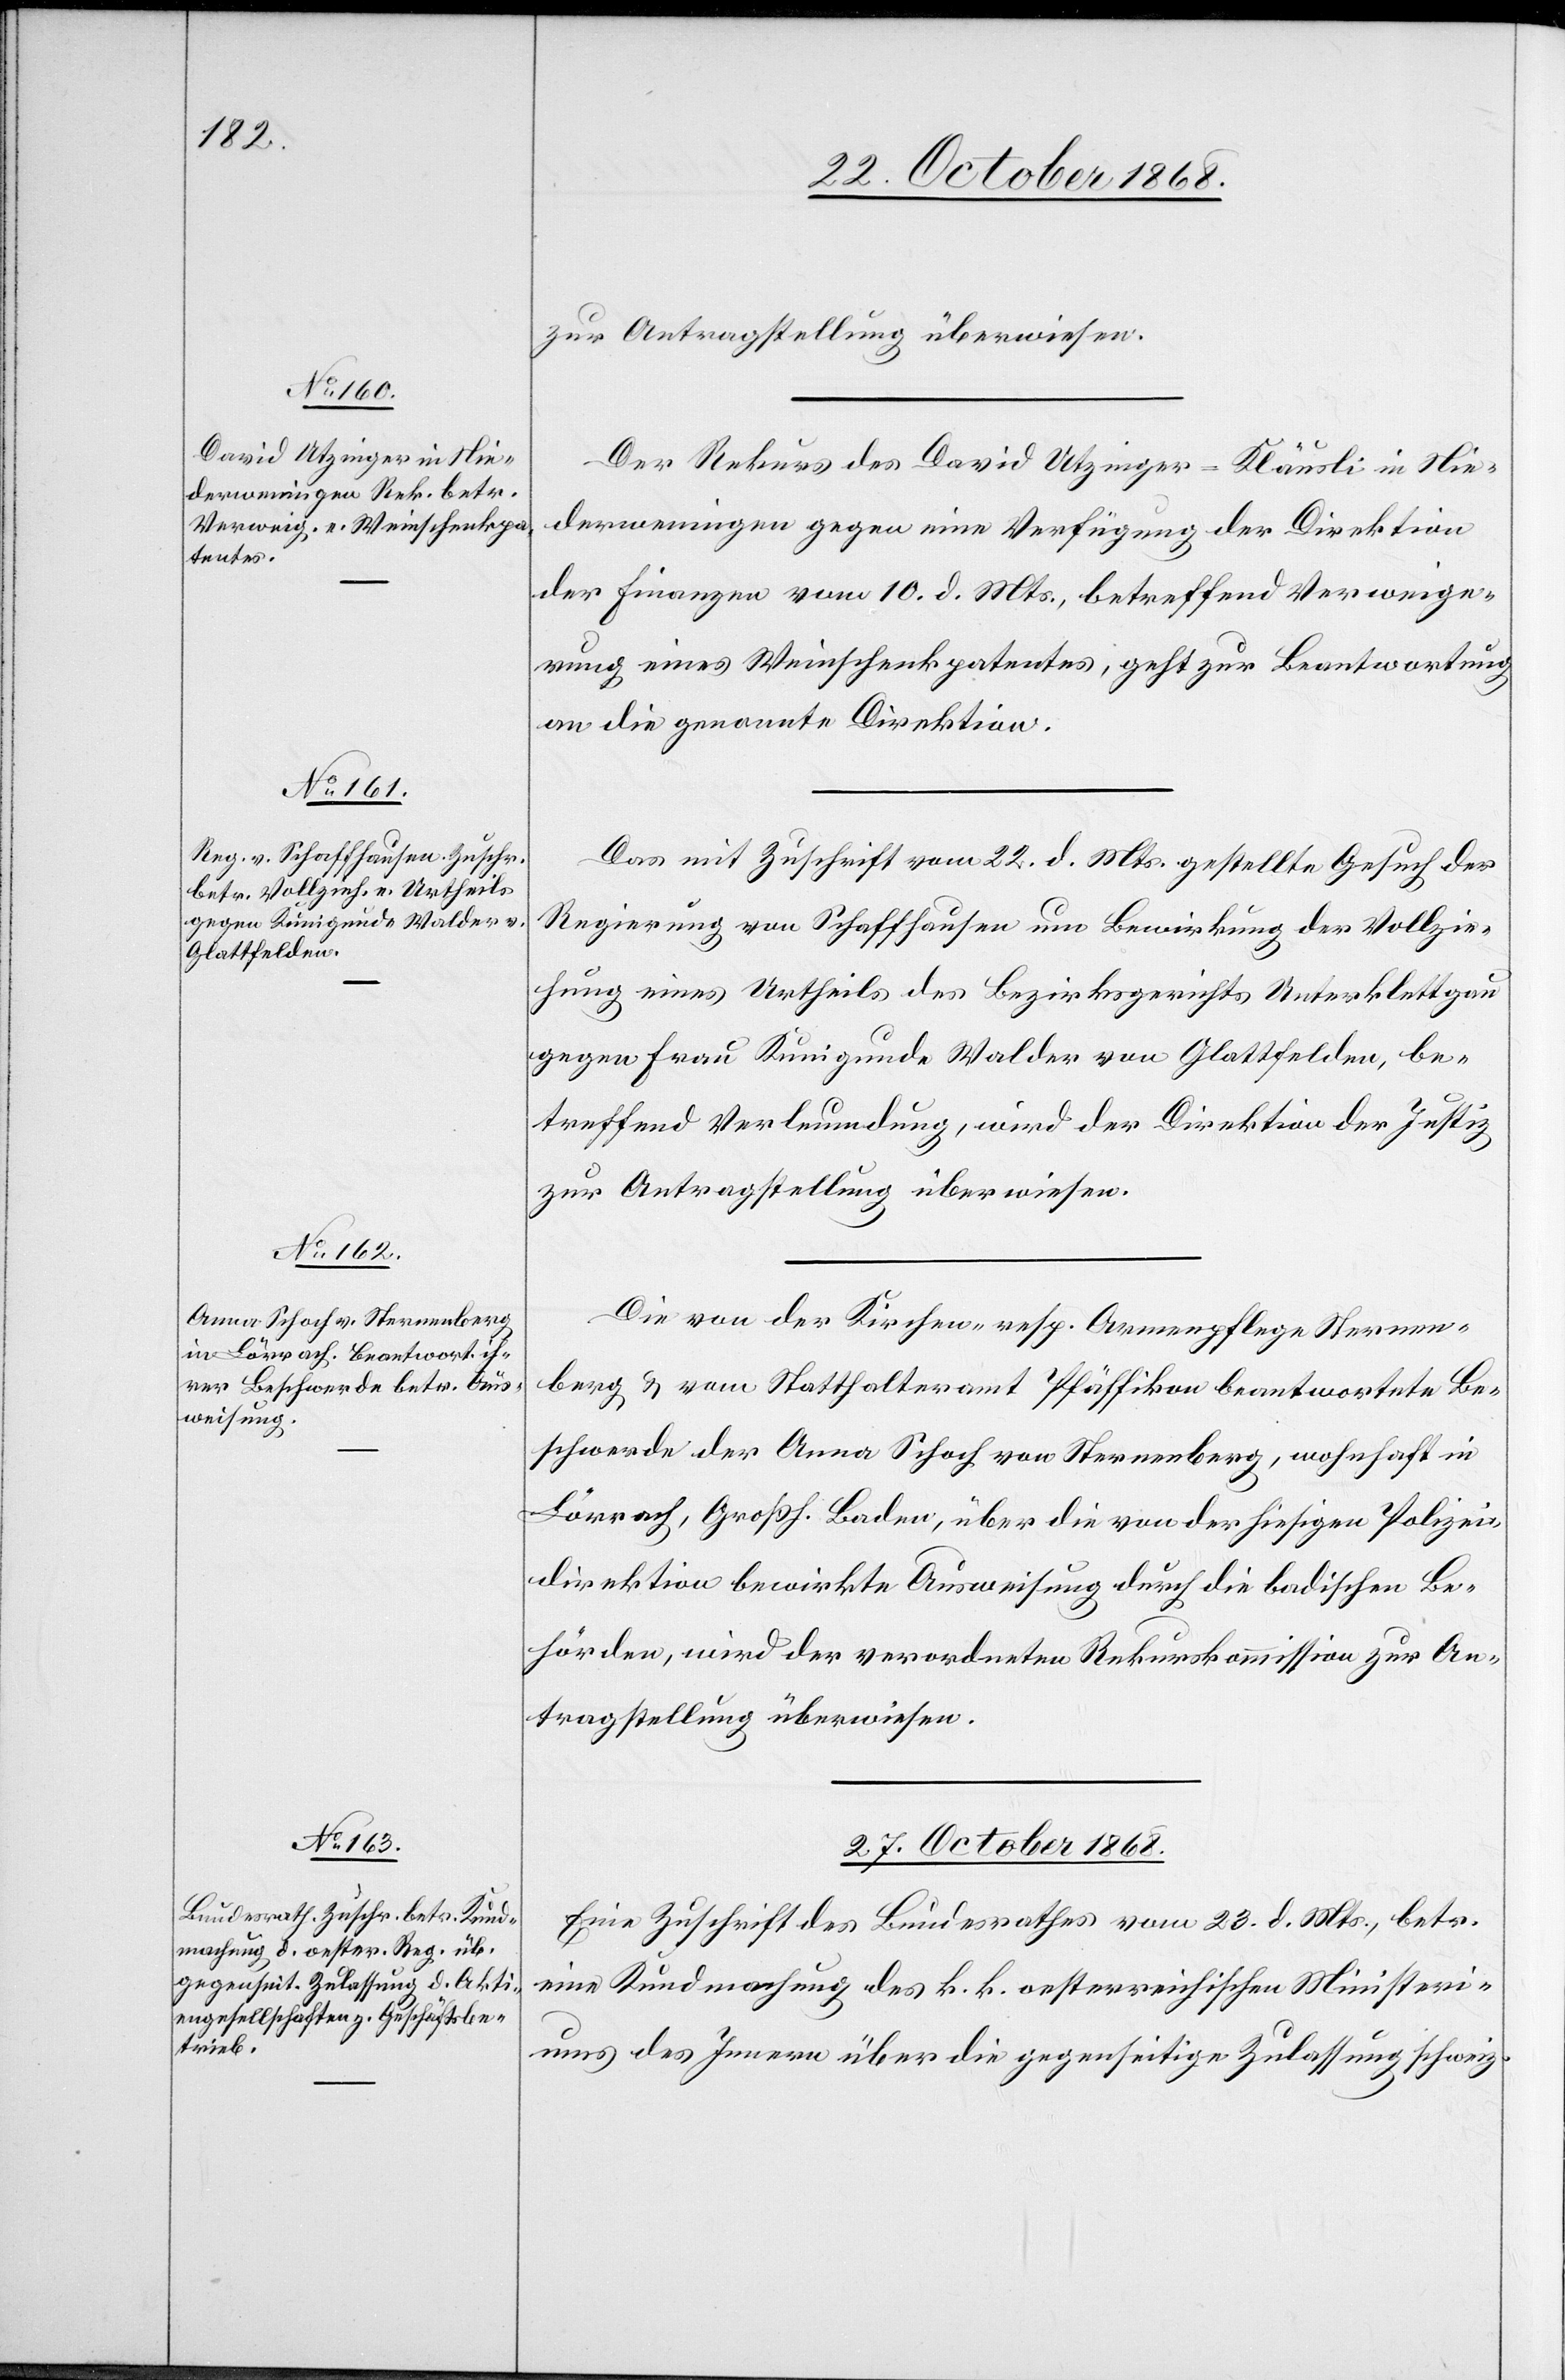
27. October 1868.
zur Antragstellung überwiesen.
Der Rekurs des David Utzinger-Kläusli in Nie¬
derweningen gegen eine Verfügung der Direktion
der Finanzen vom 10. d. Mts., betreffend Verweige¬
rung eines Weinschenkpatentes, geht zur Beantwortung
an die genannte Direktion.
Das mit Zuschrift vom 22. d. Mts. gestellte Gesuch der
Regierung von Schaffhausen um Bewirkung der Vollzie¬
hung eines Urtheils des Bezirksgerichts Unterklettgau
gegen Frau Kunigunde Walder von Glattfelden, be¬
treffend Verleumdung, wird der Direktion der Justiz
zur Antragstellung überwiesen.
Die von der Kirchen- resp. Armenpflege Sternen¬
berg & vom Statthalteramt Pfäffikon beantwortete Be¬
schwerde der Anna Schoch von Sternenberg, wohnhaft in
Lörrach, Großh. Baden, über die von der hiesigen Polizei¬
direktion bewirkte Ausweisung durch die badischen Be¬
hörden, wird der verordneten Rekurskommission zur An¬
tragstellung überwiesen.
Eine Zuschrift des Bundesrathes vom 23. d. Mts., betr.
eine Kundmachung des k. k. oesterreichischen Ministeri¬
ums des Innern über die gegenseitige Zulassung schweiz.